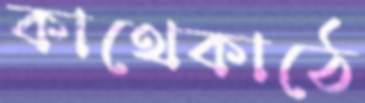
কাথেকাঠে